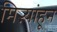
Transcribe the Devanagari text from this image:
मिऱ्यांहून